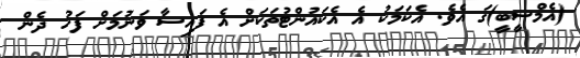
(އެމްސީބީ)ގަ އެވެ. އެކަމަކު އެ އެކައުންޓުތަކަށް އެ ފައިސާ ވަނުމަށް ފަހު ދެން